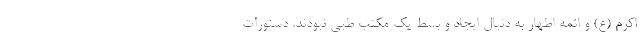
اکرم (ع) و ائمه اطهار به دنبال ایجاد و بسط یک مکتب طبی نبودند. دستورات